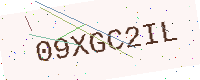
Text: 09XGC2IL